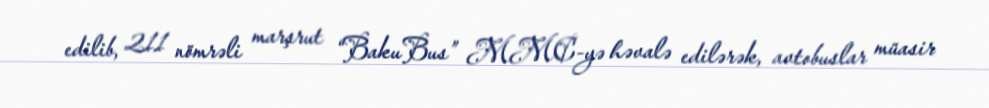
edilib, 211 nömrəli marşrut “BakuBus” MMC-yə həvalə edilərək, avtobuslar müasir